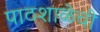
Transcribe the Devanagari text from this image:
पाठशाळेची